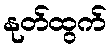
နုတ်ထွက်